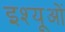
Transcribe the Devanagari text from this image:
इश्यूओं